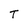
Character: T